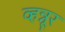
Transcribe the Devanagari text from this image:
व्हन्नूर